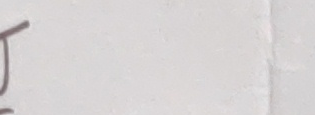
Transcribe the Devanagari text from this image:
ज